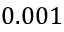
0 . 0 0 1